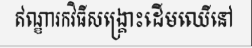
ឥណ្ឌារកវិធីសង្គ្រោះដើមឈើនៅ